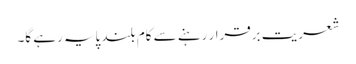
شعریت برقرار رہنے سے کام بلند پایہ رہے گا۔